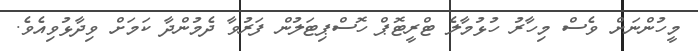
މީހުންނަށް ވެސް މިހާރު ހުޅުމާލެ ޓްރީޓޮޕް ހޮސްޕިޓަލުން ފަރުވާ ދެމުންދާ ކަމަށް ވިދާޅުވިއެވެ.